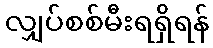
လျှပ်စစ်မီးရရှိရန်